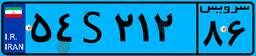
۵۴S۲۱۲۸۶